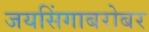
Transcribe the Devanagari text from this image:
जयसिंगाबरोबर